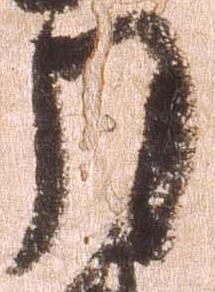
月